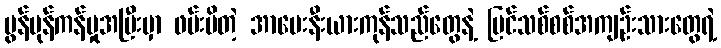
မွန်ပုန်ကန်မှုအပြီးမှာ ဖမ်းမိတဲ့ အာမေးနီးယားကုန်သည်တွေနဲ့ ပြင်သစ်စစ်အကျဉ်းသားတွေရဲ့